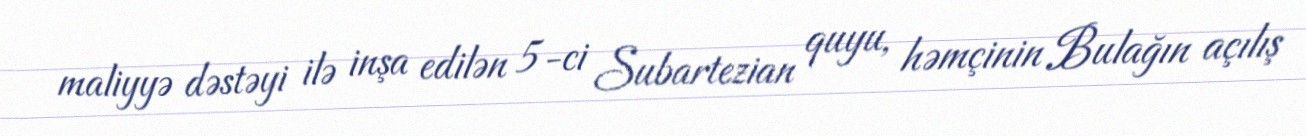
maliyyə dəstəyi ilə inşa edilən 5-ci Subartezian quyu, həmçinin Bulağın açılış